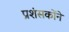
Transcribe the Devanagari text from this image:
प्रशंसकोंने